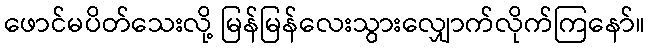
ဖောင်မပိတ်သေးလို့ မြန်မြန်လေးသွားလျှောက်လိုက်ကြနော်။